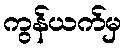
ကွန်ယက်မှ